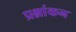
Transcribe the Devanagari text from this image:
प्रश्नांकन